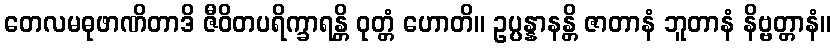
တေလမဓုဖာဏိတာဒိ ဇီဝိတပရိက္ခာရန္တိ ဝုတ္တံ ဟောတိ။ ဥပ္ပန္နာနန္တိ ဇာတာနံ ဘူတာနံ နိဗ္ဗတ္တာနံ။